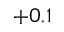
+ 0 . 1